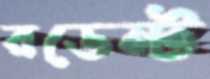
রডেন্ট